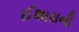
ઈશારાની